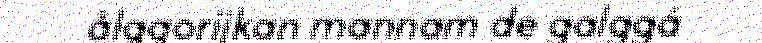
ålggorijkan mannam de galggá